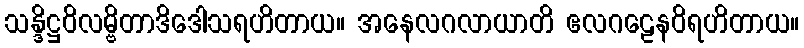
သန္ဒိဋ္ဌဝိလမ္ဗိတာဒိဒေါသရဟိတာယ။ အနေလဂလာယာတိ ဧလဂဠေနဝိရဟိတာယ။